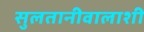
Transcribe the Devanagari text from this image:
सुलतानीवालाशी